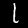
Digit: 1